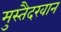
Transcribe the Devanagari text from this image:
मुस्तैदखान